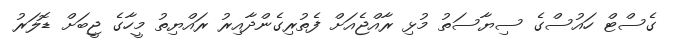
ގެސްޓް ހައުސްގެ ސިޔާސަތު މުޅި ރާއްޖެއަށް ފެތުރިގެންދާއިރު ރައްޔިތު މީހާގެ ޖީބަށް ޑޮލަރު